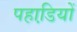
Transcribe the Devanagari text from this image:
पहाडि़यों